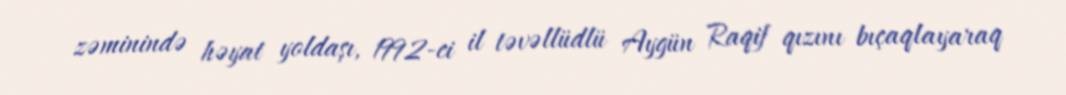
zəminində həyat yoldaşı, 1992-ci il təvəllüdlü Aygün Raqif qızını bıçaqlayaraq